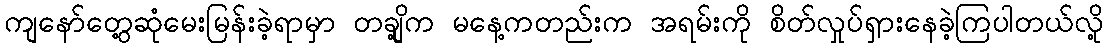
ကျနော်တွေ့ဆုံမေးမြန်းခဲ့ရာမှာ တချို့က မနေ့ကတည်းက အရမ်းကို စိတ်လှုပ်ရှားနေခဲ့ကြပါတယ်လို့